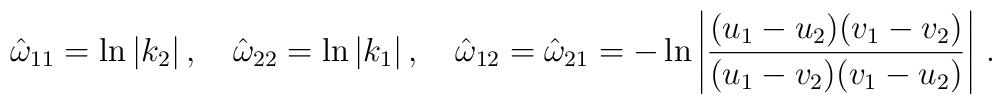
\hat\omega_{11}=\ln|k_2|\,,\quad\hat\omega_{22}=\ln|k_1|\,,\quad\hat\omega_{12}=\hat\omega_{21}=-\ln\left|\frac{(u_1-u_2)(v_1-v_2)}{(u_1-v_2)(v_1-u_2)}\right|\,.